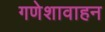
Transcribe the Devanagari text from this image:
गणेशावाहन